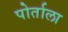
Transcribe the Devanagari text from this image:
पोर्ताला